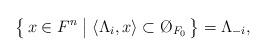
LaTeX: \begin{align*} \bigl\{\,x\in F^n \bigm| \langle\Lambda_i,x\rangle \subset \O_{F_0} \,\bigr\} = \Lambda_{-i},\end{align*}